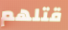
قتلهم